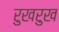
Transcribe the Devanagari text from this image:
रुखरुख